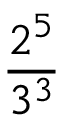
\frac { 2 ^ { 5 } } { 3 ^ { 3 } }